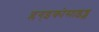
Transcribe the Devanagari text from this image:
ग्लग्इकोसाइड्स